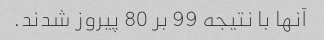
آنها با نتیجه 99 بر 80 پیروز شدند.